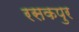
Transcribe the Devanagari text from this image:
रसकपुर